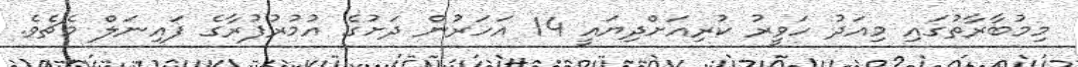
މިމުބާރާތުގައި މިއަދު ހަވީރު ކުރިއަށްދިޔައީ 14 އަހަރުން ދަށުގެ އުމުރުފުރާގެ ފައިނަލް މެޗެވެ.